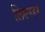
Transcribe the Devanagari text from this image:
लिएण्डर